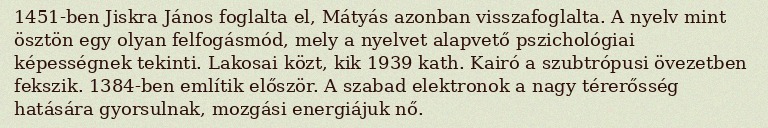
1451-ben Jiskra János foglalta el, Mátyás azonban visszafoglalta. A nyelv mint ösztön egy olyan felfogásmód, mely a nyelvet alapvető pszichológiai képességnek tekinti. Lakosai közt, kik 1939 kath. Kairó a szubtrópusi övezetben fekszik. 1384-ben említik először. A szabad elektronok a nagy térerősség hatására gyorsulnak, mozgási energiájuk nő.